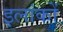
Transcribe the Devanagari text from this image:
इलांकों